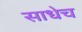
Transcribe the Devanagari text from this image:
साधेच